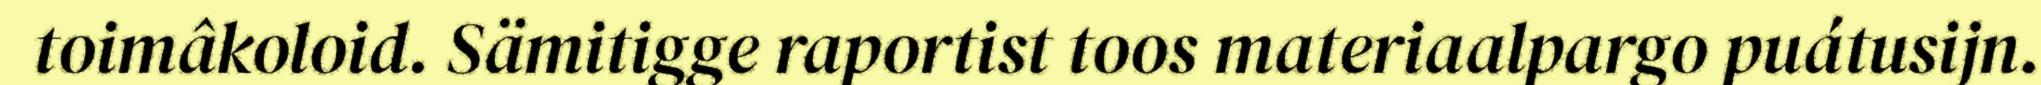
toimâkoloid. Sämitigge raportist toos materiaalpargo puátusijn.